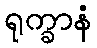
ရုက္ခာနံ